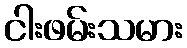
ငါးဖမ်းသမား